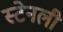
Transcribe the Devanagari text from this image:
स्‍टेनली